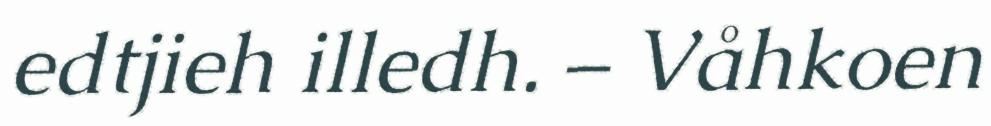
edtjieh illedh. – Våhkoen